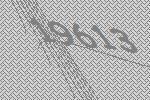
19613